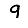
Digit: 9